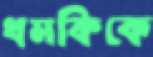
ধমকিকে